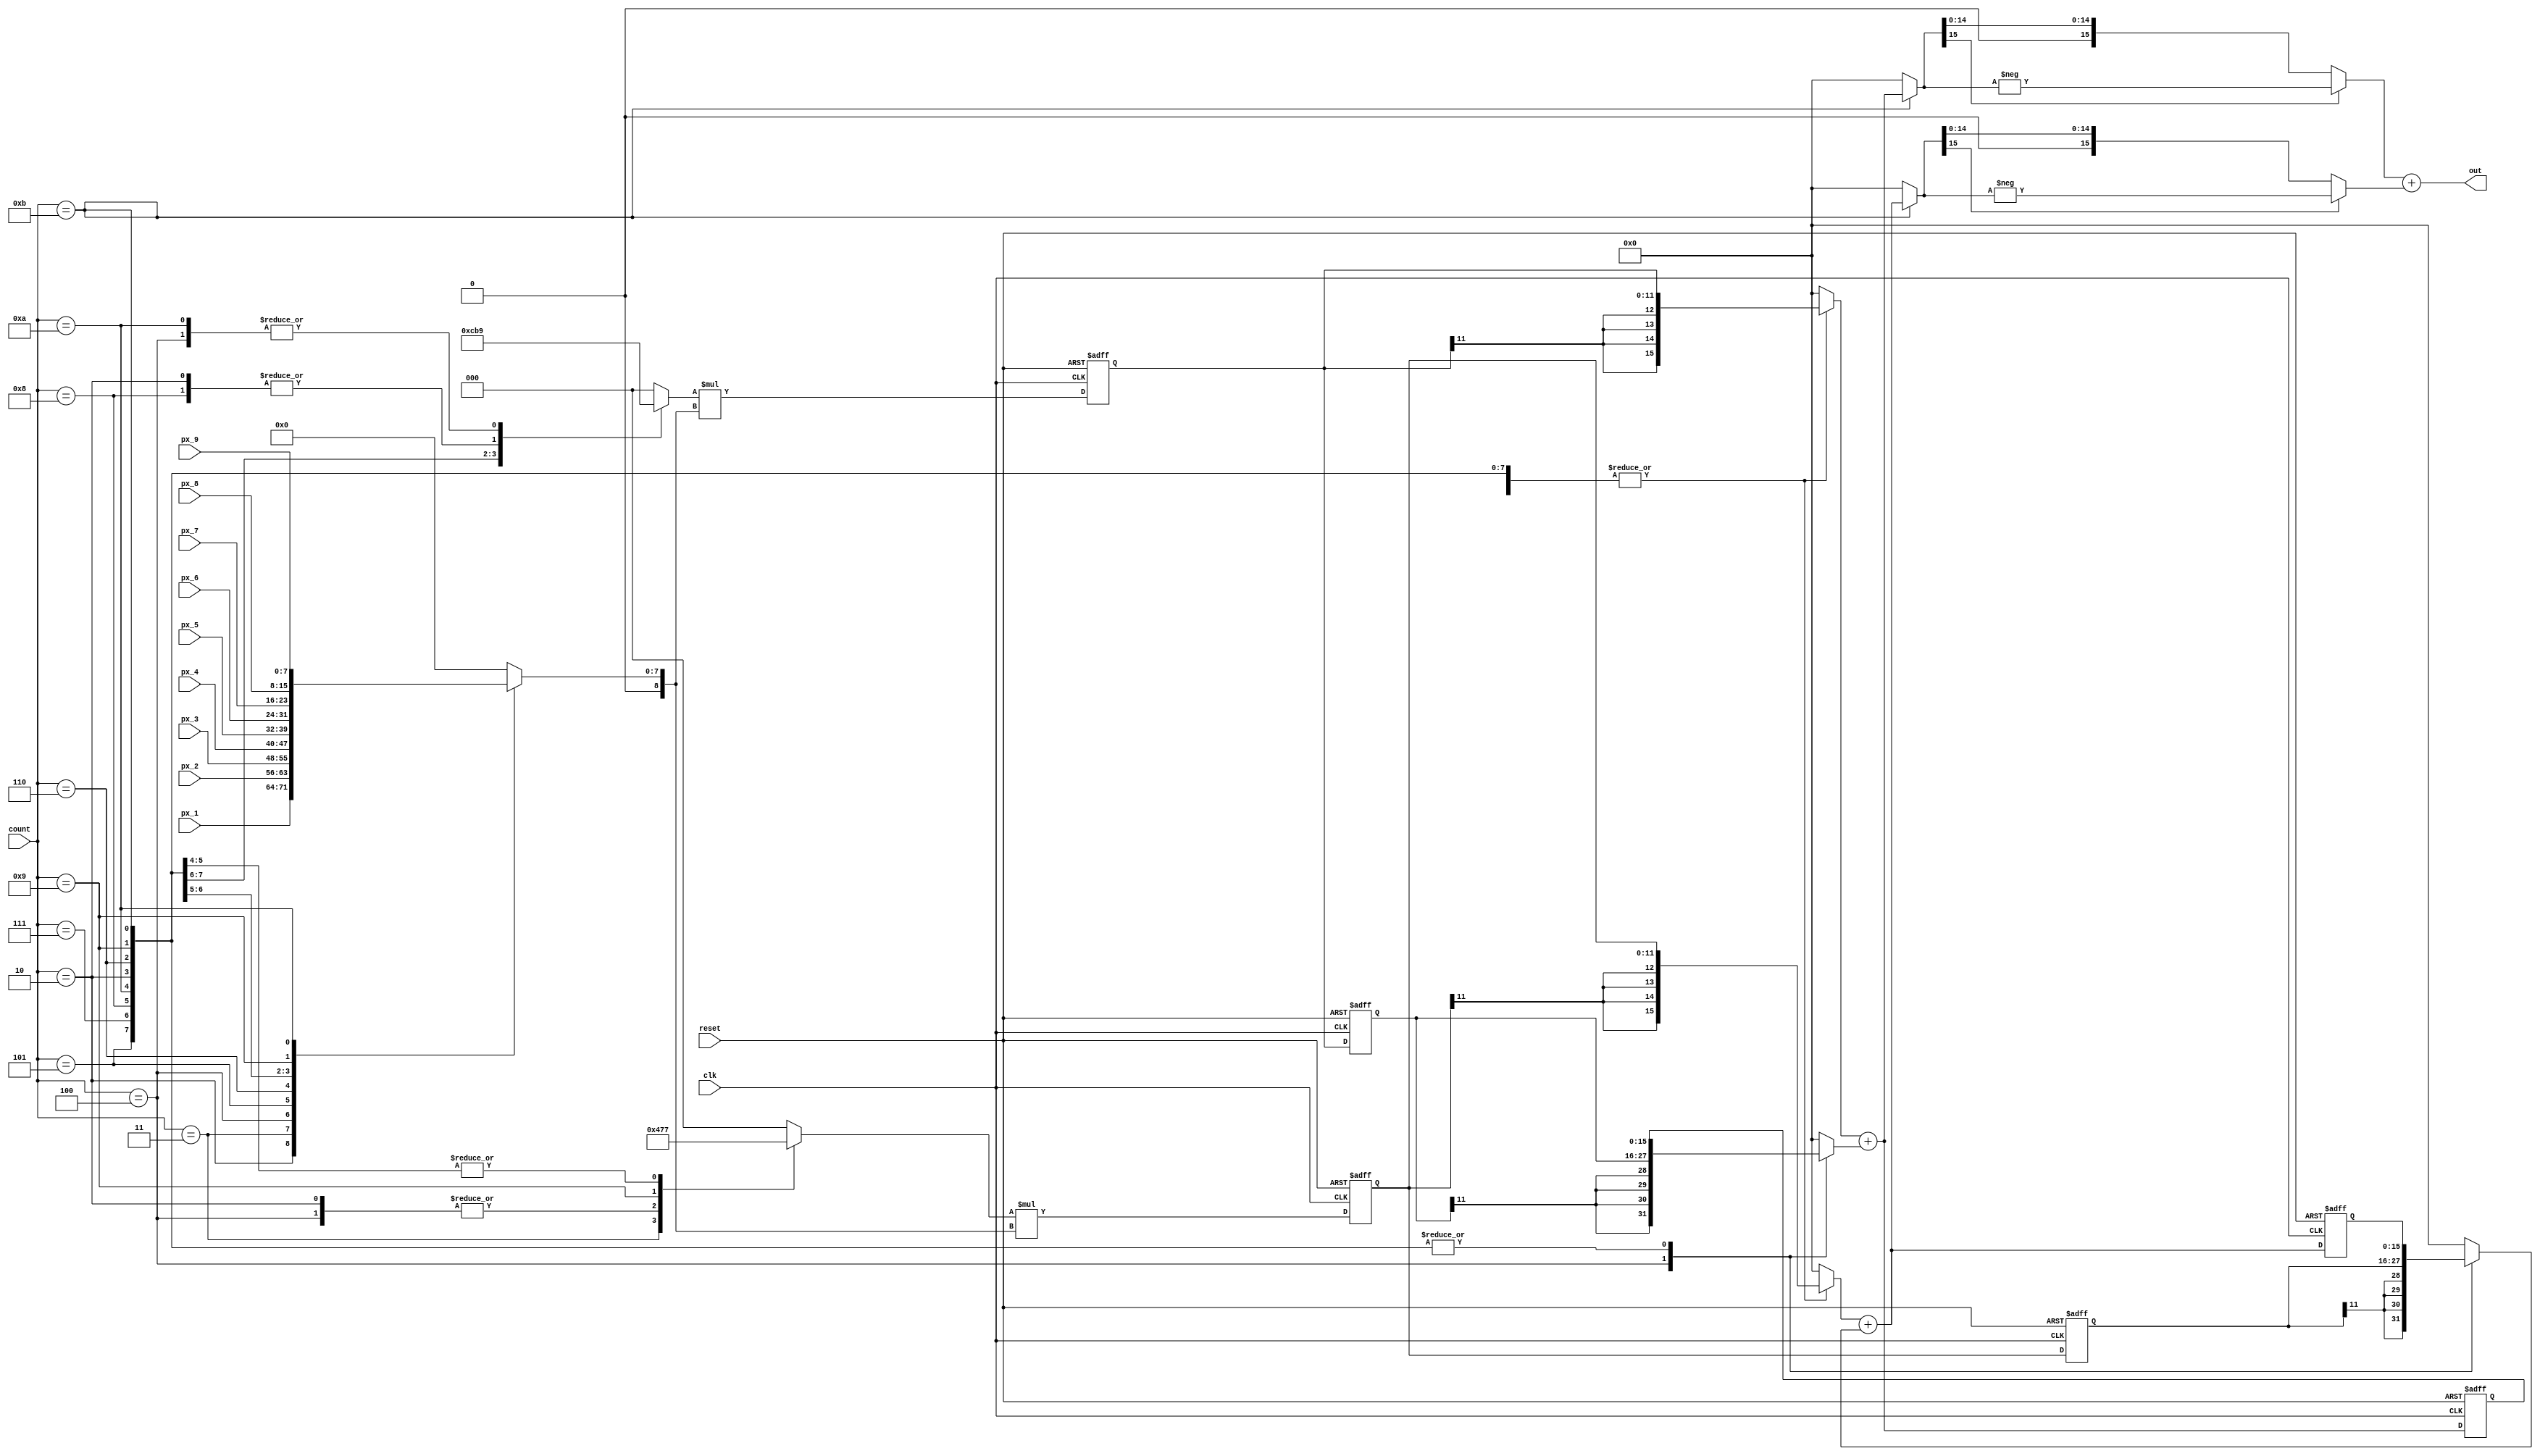
`timescale 1ns/10ps
//////////////////////////////////////////////////////////////////////////////////
// Sobel filter with folding factor 9 & retiming
// Kernel size: 3x3
// Kernel weight:
//    Gx:   --------------------     Gy:  -------------------
//          | -1  |  0  |  1  |           |  1  |  2  |  1  |
//          --------------------          -------------------
//          | -2  |  0  |  2  |           |  0  |  0  |  0  |
//          --------------------          -------------------
//          | -1  |  0  |  1  |           | -1  | -2  | -1  |
//          --------------------          -------------------
//
//////////////////////////////////////////////////////////////////////////////////

module  Sobel_ed_folding_9_retiming(
    input 	clk,
    input 	reset,
    input [3:0] count,
    input [7:0] px_1, px_2, px_3, px_4, px_5, px_6, px_7, px_8, px_9,
    output  [16:0] out
	);

/////////////////////////////////////
//            Parameter            //
/////////////////////////////////////
//Kernel Gx
parameter Kernel_x_1 = -3'd1, 
          Kernel_x_2 = 3'd0, 
          Kernel_x_3 = 3'd1, 
          Kernel_x_4 = -3'd2,
          Kernel_x_5 = 3'd0, 
          Kernel_x_6 = 3'd2, 
          Kernel_x_7 = -3'd1, 
          Kernel_x_8 = 3'd0,
          Kernel_x_9 = 3'd1;
//Kernel Gy
parameter Kernel_y_1 = 3'd1, 
          Kernel_y_2 = 3'd2, 
          Kernel_y_3 = 3'd1, 
          Kernel_y_4 = 3'd0,
          Kernel_y_5 = 3'd0, 
          Kernel_y_6 = 3'd0, 
          Kernel_y_7 = -3'd1, 
          Kernel_y_8 = -3'd2,
          Kernel_y_9 = -3'd1;

/////////////////////////////////////
//          Mul & Add op           //
/////////////////////////////////////

//Gx
wire signed [11:0] mul_x;
wire signed [15:0] acc_x;
wire signed [15:0] Gx_abs;

reg signed [2:0] Kernel_x;
reg signed [8:0] mul_in_x;
reg signed [15:0] add_in_1_x, add_in_2_x;
reg signed [11:0] mul_x_delay;
reg signed [11:0] mul_x_delay_pu;
reg signed [15:0] acc_x_delay;
reg signed [15:0] Gx;

always @(*) begin
    case (count)
        4'd2: begin
            Kernel_x <= Kernel_x_1;
            mul_in_x <= {1'b0,px_1};
            add_in_1_x <= {{4{mul_x_delay_pu[11]}},mul_x_delay_pu};
            add_in_2_x <= acc_x_delay;
        end
        4'd3: begin
            Kernel_x <= Kernel_x_2;
            mul_in_x <= {1'b0,px_2};
            add_in_1_x <= 16'd0;
            add_in_2_x <= 16'd0;
        end
        4'd4: begin
            Kernel_x <= Kernel_x_3;
            mul_in_x <= {1'b0,px_3};
            add_in_1_x <= {{4{mul_x_delay_pu[11]}},mul_x_delay_pu};
            add_in_2_x <= {{4{mul_x_delay[11]}},mul_x_delay};
        end
        4'd5: begin
            Kernel_x <= Kernel_x_4;
            mul_in_x <= {1'b0,px_4};
            add_in_1_x <= {{4{mul_x_delay_pu[11]}},mul_x_delay_pu};
            add_in_2_x <= acc_x_delay;
        end         
        4'd6: begin
            Kernel_x <= Kernel_x_5;
            mul_in_x <= {1'b0,px_5};
            add_in_1_x <= {{4{mul_x_delay_pu[11]}},mul_x_delay_pu};
            add_in_2_x <= acc_x_delay;
        end
        4'd7: begin
            Kernel_x <= Kernel_x_6;
            mul_in_x <= {1'b0,px_6};
            add_in_1_x <= {{4{mul_x_delay_pu[11]}},mul_x_delay_pu};
            add_in_2_x <= acc_x_delay;
        end
        4'd8: begin
            Kernel_x <= Kernel_x_7;
            mul_in_x <= {1'b0,px_7};
            add_in_1_x <= {{4{mul_x_delay_pu[11]}},mul_x_delay_pu};
            add_in_2_x <= acc_x_delay;
        end
        4'd9: begin
            Kernel_x <= Kernel_x_8;
            mul_in_x <= {1'b0,px_8};
            add_in_1_x <= {{4{mul_x_delay_pu[11]}},mul_x_delay_pu};
            add_in_2_x <= acc_x_delay;
        end
        4'd10: begin
            Kernel_x <= Kernel_x_9;
            mul_in_x <= {1'b0,px_9};
            add_in_1_x <= {{4{mul_x_delay_pu[11]}},mul_x_delay_pu};
            add_in_2_x <= acc_x_delay;
        end
        4'd11: begin
            Kernel_x <= 3'd0;
            mul_in_x <= 9'd0;
            add_in_1_x <= {{4{mul_x_delay_pu[11]}},mul_x_delay_pu};
            add_in_2_x <= acc_x_delay;
        end
        default: begin
            Kernel_x <= 3'd0;
            mul_in_x <= 9'd0;
            add_in_1_x <= 16'd0;
            add_in_2_x <= 16'd0;
        end
    endcase
end

assign mul_x = Kernel_x * mul_in_x;
assign acc_x = add_in_1_x + add_in_2_x;

always @(posedge clk or posedge reset) begin
    if(reset) begin
        mul_x_delay_pu <= 12'd0;
        mul_x_delay <= 12'd0;
        acc_x_delay <= 16'd0;
    end
    else begin
        mul_x_delay_pu <= mul_x;
        mul_x_delay <= mul_x_delay_pu;
        acc_x_delay <= acc_x;
    end    
end
    
always @(*) begin
    case (count)
        4'd11: Gx <= acc_x;
        default: Gx <= 16'd0;
    endcase
end

assign Gx_abs = (Gx[15]==1'b1)? -Gx:Gx;


//Gy
wire signed [11:0] mul_y;
wire signed [15:0] acc_y;
wire signed [15:0] Gy_abs;

reg signed [2:0] Kernel_y;
reg signed [8:0] mul_in_y;
reg signed [15:0] add_in_1_y, add_in_2_y;
reg signed [11:0] mul_y_delay;
reg signed [11:0] mul_y_delay_pu;
reg signed [15:0] acc_y_delay;
reg signed [15:0] Gy;

always @(*) begin
    case (count)
        4'd2: begin
            Kernel_y <= Kernel_y_1;
            mul_in_y <= {1'b0,px_1};
            add_in_1_y <= {{4{mul_y_delay_pu[11]}},mul_y_delay_pu};
            add_in_2_y <= acc_y_delay;
        end
        4'd3: begin
            Kernel_y <= Kernel_y_2;
            mul_in_y <= {1'b0,px_2};
            add_in_1_y <= 15'd0;
            add_in_2_y <= 15'd0;
        end
        4'd4: begin
            Kernel_y <= Kernel_y_3;
            mul_in_y <= {1'b0,px_3};
            add_in_1_y <= {{4{mul_y_delay_pu[11]}},mul_y_delay_pu};
            add_in_2_y <= {{4{mul_y_delay[11]}},mul_y_delay};
        end
        4'd5: begin
            Kernel_y <= Kernel_y_4;
            mul_in_y <= {1'b0,px_4};
            add_in_1_y <= {{4{mul_y_delay_pu[11]}},mul_y_delay_pu};
            add_in_2_y <= acc_y_delay;
        end         
        4'd6: begin
            Kernel_y <= Kernel_y_5;
            mul_in_y <= {1'b0,px_5};
            add_in_1_y <= {{4{mul_y_delay_pu[11]}},mul_y_delay_pu};
            add_in_2_y <= acc_y_delay;
        end
        4'd7: begin
            Kernel_y <= Kernel_y_6;
            mul_in_y <= {1'b0,px_6};
            add_in_1_y <= {{4{mul_y_delay_pu[11]}},mul_y_delay_pu};
            add_in_2_y <= acc_y_delay;
        end
        4'd8: begin
            Kernel_y <= Kernel_y_7;
            mul_in_y <= {1'b0,px_7};
            add_in_1_y <= {{4{mul_y_delay_pu[11]}},mul_y_delay_pu};
            add_in_2_y <= acc_y_delay;
        end
        4'd9: begin
            Kernel_y <= Kernel_y_8;
            mul_in_y <= {1'b0,px_8};
            add_in_1_y <= {{4{mul_y_delay_pu[11]}},mul_y_delay_pu};
            add_in_2_y <= acc_y_delay;
        end
        4'd10: begin
            Kernel_y <= Kernel_y_9;
            mul_in_y <= {1'b0,px_9};
            add_in_1_y <= {{4{mul_y_delay_pu[11]}},mul_y_delay_pu};
            add_in_2_y <= acc_y_delay;
        end
        4'd11: begin
            Kernel_y <= 3'd0;
            mul_in_y <= 9'd0;
            add_in_1_y <= {{4{mul_y_delay_pu[11]}},mul_y_delay_pu};
            add_in_2_y <= acc_y_delay;
        end
        default: begin
            Kernel_y <= 3'd0;
            mul_in_y <= 9'd0;
            add_in_1_y <= 16'd0;
            add_in_2_y <= 16'd0;
        end
    endcase
end

assign mul_y = Kernel_y * mul_in_y;
assign acc_y = add_in_1_y + add_in_2_y;

always @(posedge clk or posedge reset) begin
    if(reset) begin
        mul_y_delay_pu <= 12'd0;
        mul_y_delay <= 12'd0;
        acc_y_delay <= 16'd0;
    end
    else begin
        mul_y_delay_pu <= mul_y;
        mul_y_delay <= mul_y_delay_pu;
        acc_y_delay <= acc_y;
    end    
end
    
always @(*) begin
    case (count)
        4'd11: Gy <= acc_y;
        default: Gy <= 16'd0;
    endcase
end

assign Gy_abs = (Gy[15]==1'b1)? -Gy:Gy;

// out
assign out = Gx_abs + Gy_abs;

endmodule